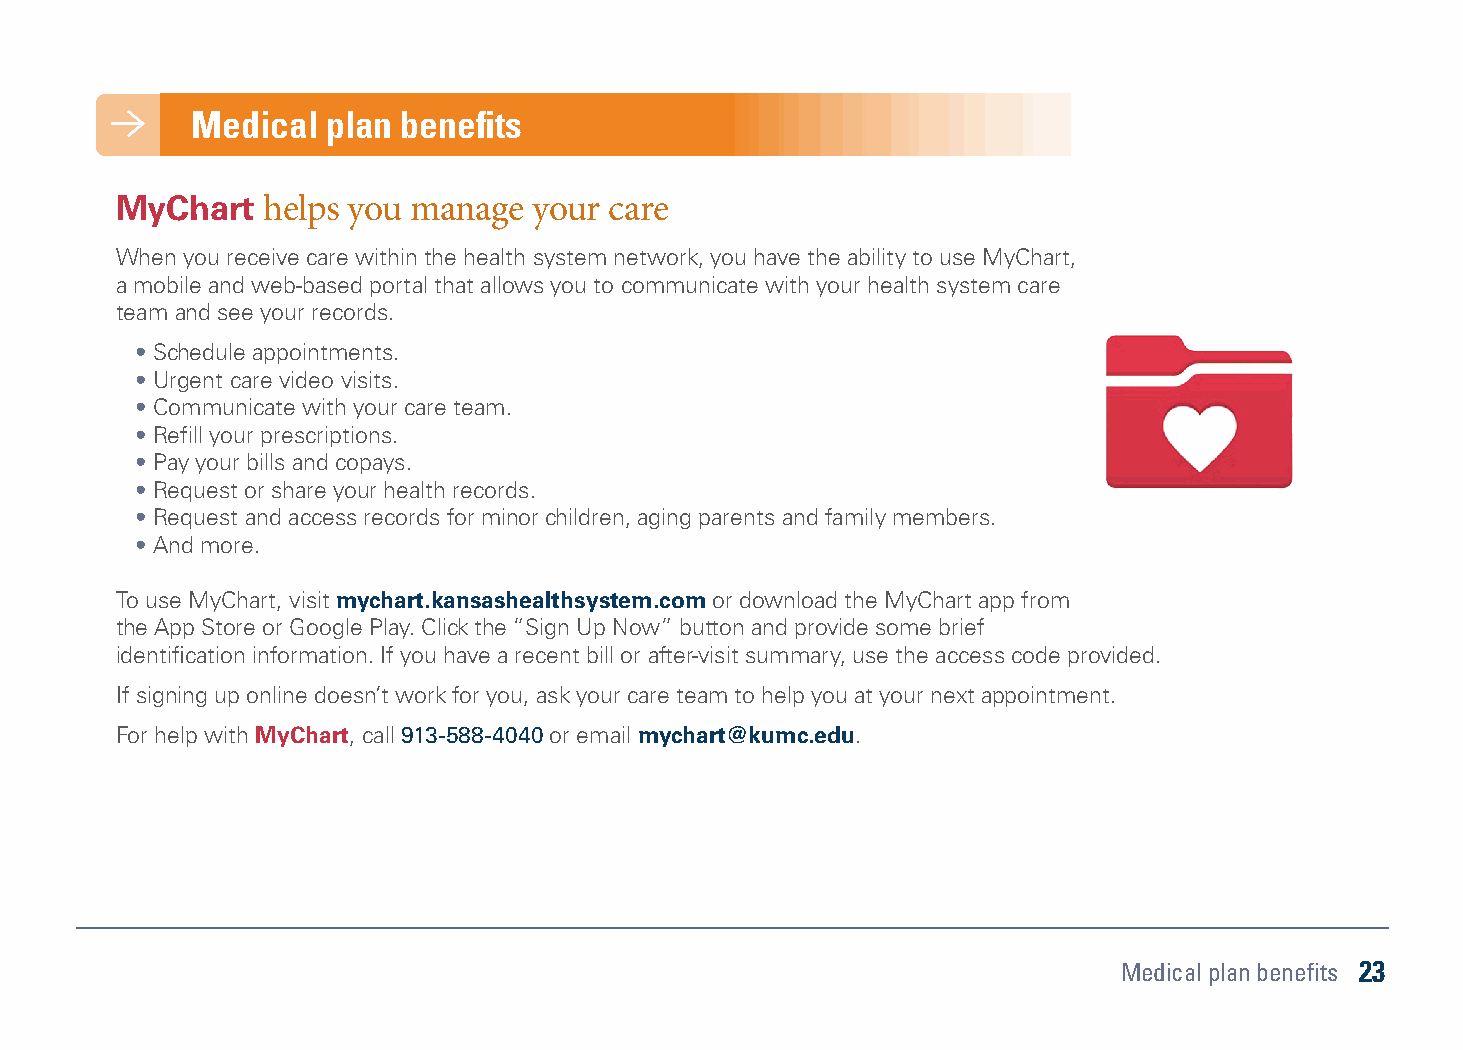
Medical  plan benefits
 MyChart  helps you manage  your care
 When you receive care within the health system network, you have the ability to use MyChart,
 a mobile and web-based portal that allows you to communicate with your health system care
 team and see your records.
 • Schedule appointments.
 • Urgent care video visits.
 • Communicate with your care team.
 • Refill your prescriptions.
 • Pay your bills and copays.
 • Request or share your health records.
 • Request and access records for minor children, aging parents and family members.
 • And more.
 To use MyChart, visit mychart.kansashealthsystem.com or download the MyChart app from
 the App Store or Google Play. Click the “Sign Up Now” button and provide some brief
 identification information. If you have a recent bill or after-visit summary, use the access code provided.
 If signing up online doesn’t work for you, ask your care team to help you at your next appointment.
 For help with MyChart, call 913-588-4040 or email mychart@kumc.edu.
 Medical plan benefits 23